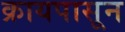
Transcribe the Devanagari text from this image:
क्रायपासून